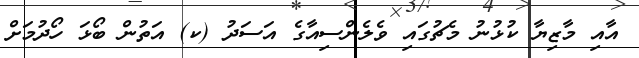
އާއި މާޒިޔާ ކުޅުނު މެޗުގައި ވެލެންސިއާގެ އަސަދު (ކ) އަތުން ބޯޅަ ހޯދުމަށް